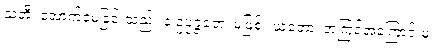
သတိ၊ အောက်မေ့ခြင်းသည်။ န ဥပ္ပဇ္ဇတေ၊ မဖြစ်။ ယတော၊ အကြင်အကြောင်းမှ။